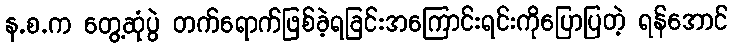
န.စ.က တွေ့ဆုံပွဲ တက်ရောက်ဖြစ်ခဲ့ရခြင်းအကြောင်းရင်းကိုပြောပြတဲ့ ရန်အောင်